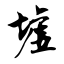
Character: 墟